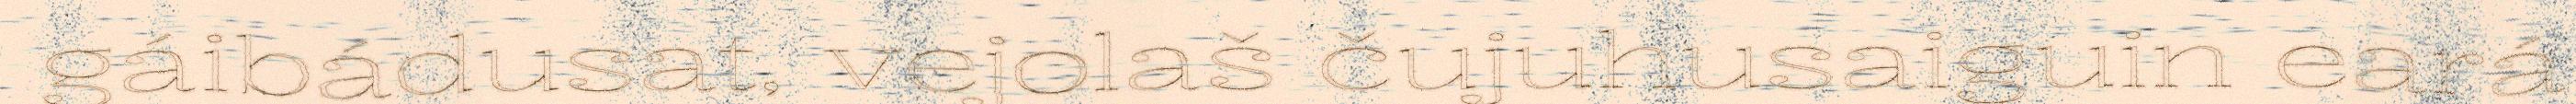
gáibádusat, vejolaš čujuhusaiguin eará